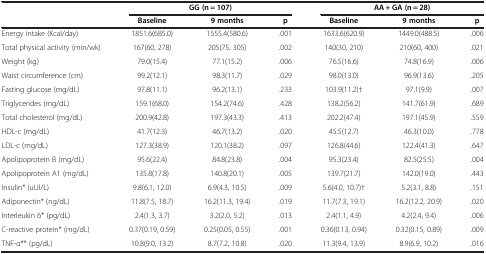
<table><thead><tr><td>[EMPTY_CELL]</td><td colspan="3"><b>GG (n = 107)</b></td><td colspan="3"><b>AA + GA (n = 28)</b></td></tr><tr><td>[EMPTY_CELL]</td><td><b>Baseline</b></td><td><b>9 months</b></td><td><b>p</b></td><td><b>Baseline</b></td><td><b>9 months</b></td><td><b>p</b></td></tr></thead><tbody><tr><td>Energy intake (Kcal/day)</td><td>1851.6(685.0)</td><td>1555.4(580.6)</td><td>.001</td><td>1633.6(620.9)</td><td>1449.0(488.5)</td><td>.006</td></tr><tr><td>Total physical activity (min/wk)</td><td>167(60, 278)</td><td>205(75, 305)</td><td>.002</td><td>140(30, 210)</td><td>210(60, 400)</td><td>.021</td></tr><tr><td>Weight (kg)</td><td>79.0(15.4)</td><td>77.1(15.2)</td><td>.006</td><td>76.5(16.6)</td><td>74.8(16.9)</td><td>.006</td></tr><tr><td>Waist circumference (cm)</td><td>99.2(12.1)</td><td>98.3(11.7)</td><td>.029</td><td>98.0(13.0)</td><td>96.9(13.6)</td><td>.205</td></tr><tr><td>Fasting glucose (mg/dL)</td><td>97.8(11.1)</td><td>96.2(13.1)</td><td>.233</td><td>103.9(11.2)†</td><td>97.1(9.9)</td><td>.007</td></tr><tr><td>Triglycerides (mg/dL)</td><td>159.1(68.0)</td><td>154.2(74.6)</td><td>.428</td><td>138.2(56.2)</td><td>141.7(61.9)</td><td>.689</td></tr><tr><td>Total cholesterol (mg/dL)</td><td>200.9(42.8)</td><td>197.3(43.3)</td><td>.413</td><td>202.2(47.4)</td><td>197.1(45.9)</td><td>.559</td></tr><tr><td>HDL-c (mg/dL)</td><td>41.7(12.3)</td><td>46.7(13.2)</td><td>.020</td><td>45.5(12.7)</td><td>46.3(10.0)</td><td>.778</td></tr><tr><td>LDL-c (mg/dL)</td><td>127.3(38.9)</td><td>120.1(38.2)</td><td>.097</td><td>126.8(44.6)</td><td>122.4(41.3)</td><td>.647</td></tr><tr><td>Apolipoprotein B (mg/dL)</td><td>95.6(22.4)</td><td>84.8(23.8)</td><td>.004</td><td>95.3(23.4)</td><td>82.5(25.5)</td><td>.004</td></tr><tr><td>Apolipoprotein A1 (mg/dL)</td><td>135.8(17.8)</td><td>140.8(20.1)</td><td>.005</td><td>139.7(21.7)</td><td>142.0(19.0)</td><td>.443</td></tr><tr><td>Insulin* (uUl/L)</td><td>9.8(6.1, 12.0)</td><td>6.9(4.3, 10.5)</td><td>.009</td><td>5.6(4.0, 10.7)†</td><td>5.2(3.1, 8.8)</td><td>.151</td></tr><tr><td>Adiponectin* (ng/dL)</td><td>11.8(7.5, 18.7)</td><td>16.2(11.3, 19.4)</td><td>.019</td><td>11.7(7.3, 19.1)</td><td>16.2(12.2, 20.9)</td><td>.020</td></tr><tr><td>Interleukin 6* (pg/dL)</td><td>2.4(1.3, 3.7)</td><td>3.2(2.0, 5.2)</td><td>.013</td><td>2.4(1.1, 4.9)</td><td>4.2(2.4, 9.4)</td><td>.006</td></tr><tr><td>C-reactive protein* (mg/dL)</td><td>0.37(0.19, 0.59)</td><td>0.25(0.05, 0.55)</td><td>.001</td><td>0.36(0.13, 0.94)</td><td>0.32(0.15, 0.89)</td><td>.009</td></tr><tr><td>TNF-α** (pg/dL)</td><td>10.8(9.0, 13.2)</td><td>8.7(7.2, 10.8)</td><td>.020</td><td>11.3(9.4, 13.9)</td><td>8.9(6.9, 10.2)</td><td>.016</td></tr></tbody></table>